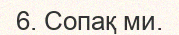
6. Сопақ ми.